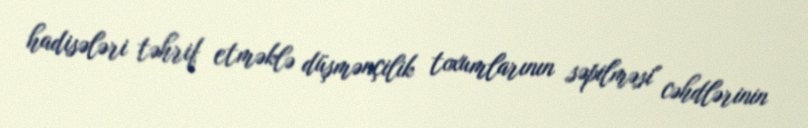
hadisələri təhrif etməklə düşmənçilik toxumlarının səpilməsi" cəhdlərinin